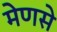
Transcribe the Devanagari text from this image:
मेणसे